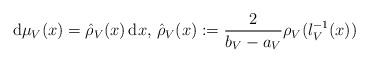
LaTeX: \begin{align*}\mathrm d\mu_V(x)=\hat{\rho}_V(x)\, \mathrm dx, \,\hat{\rho}_V(x):=\frac{2}{b_V-a_V}\rho_V(\l_V^{-1}(x))\end{align*}